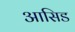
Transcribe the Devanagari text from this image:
आसिड